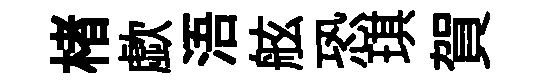
楮歔浯舷恐琪賀